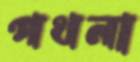
পথনা